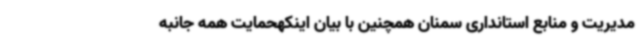
مدیریت و منابع استانداری سمنان همچنین با بیان اینکهحمایت همه جانبه